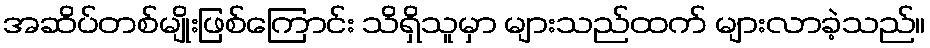
အဆိပ်တစ်မျိုးဖြစ်ကြောင်း သိရှိသူမှာ များသည်ထက် များလာခဲ့သည်။